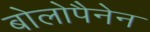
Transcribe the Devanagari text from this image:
बोलोपैनेन